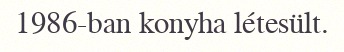
1986-ban konyha létesült.